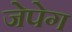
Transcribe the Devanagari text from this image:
जेपेग